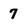
Character: 7